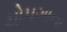
ચોપગાના